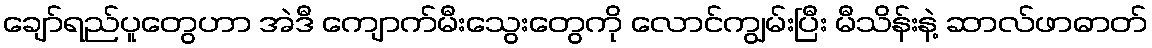
ချော်ရည်ပူတွေဟာ အဲဒီ ကျောက်မီးသွေးတွေကို လောင်ကျွမ်းပြီး မီသိန်းနဲ့ ဆာလ်ဖာဓာတ်